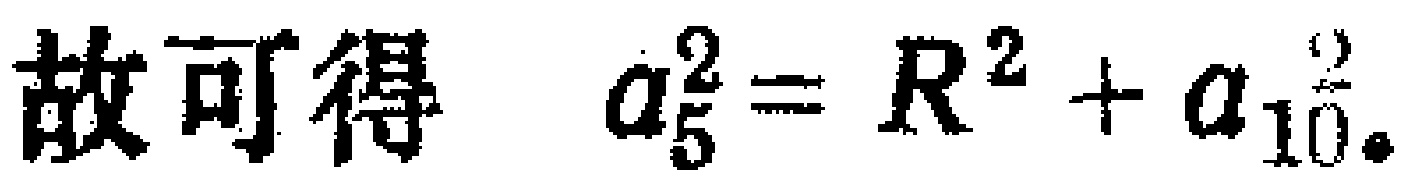
故可得 \(a_{5}^{2}=R^{2}+a_{10}^{2}\)。